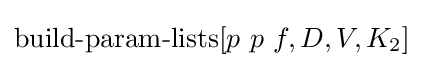
\operatorname {build-param-lists} [p\ p\ f,D,V,K_{2}]